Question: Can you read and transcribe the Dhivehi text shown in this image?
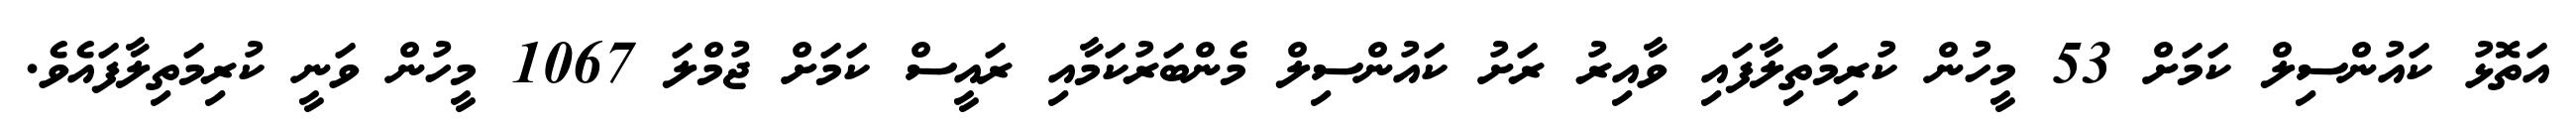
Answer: އަތޮޅު ކައުންސިލް ކަމަށް 53 މީހުން ކުރިމަތިލާފައި ވާއިރު ރަށު ކައުންސިލް މެންބަރުކަމާއި ރައީސް ކަމަށް ޖުމްލަ 1067 މީހުން ވަނީ ކުރިމަތިލާފައެވެ.